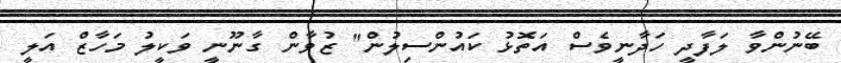
ބޭނުންވާ ލަފާދީ ހަދާނީވެސް އަތޮޅު ކައުންސިލުން" ޒުވާން ގާނޫނީ ވަކީލު މަހާޒް އަލީ